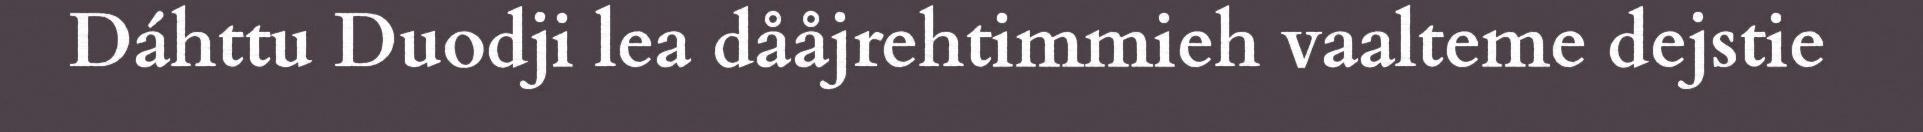
Dáhttu Duodji lea dååjrehtimmieh vaalteme dejstie